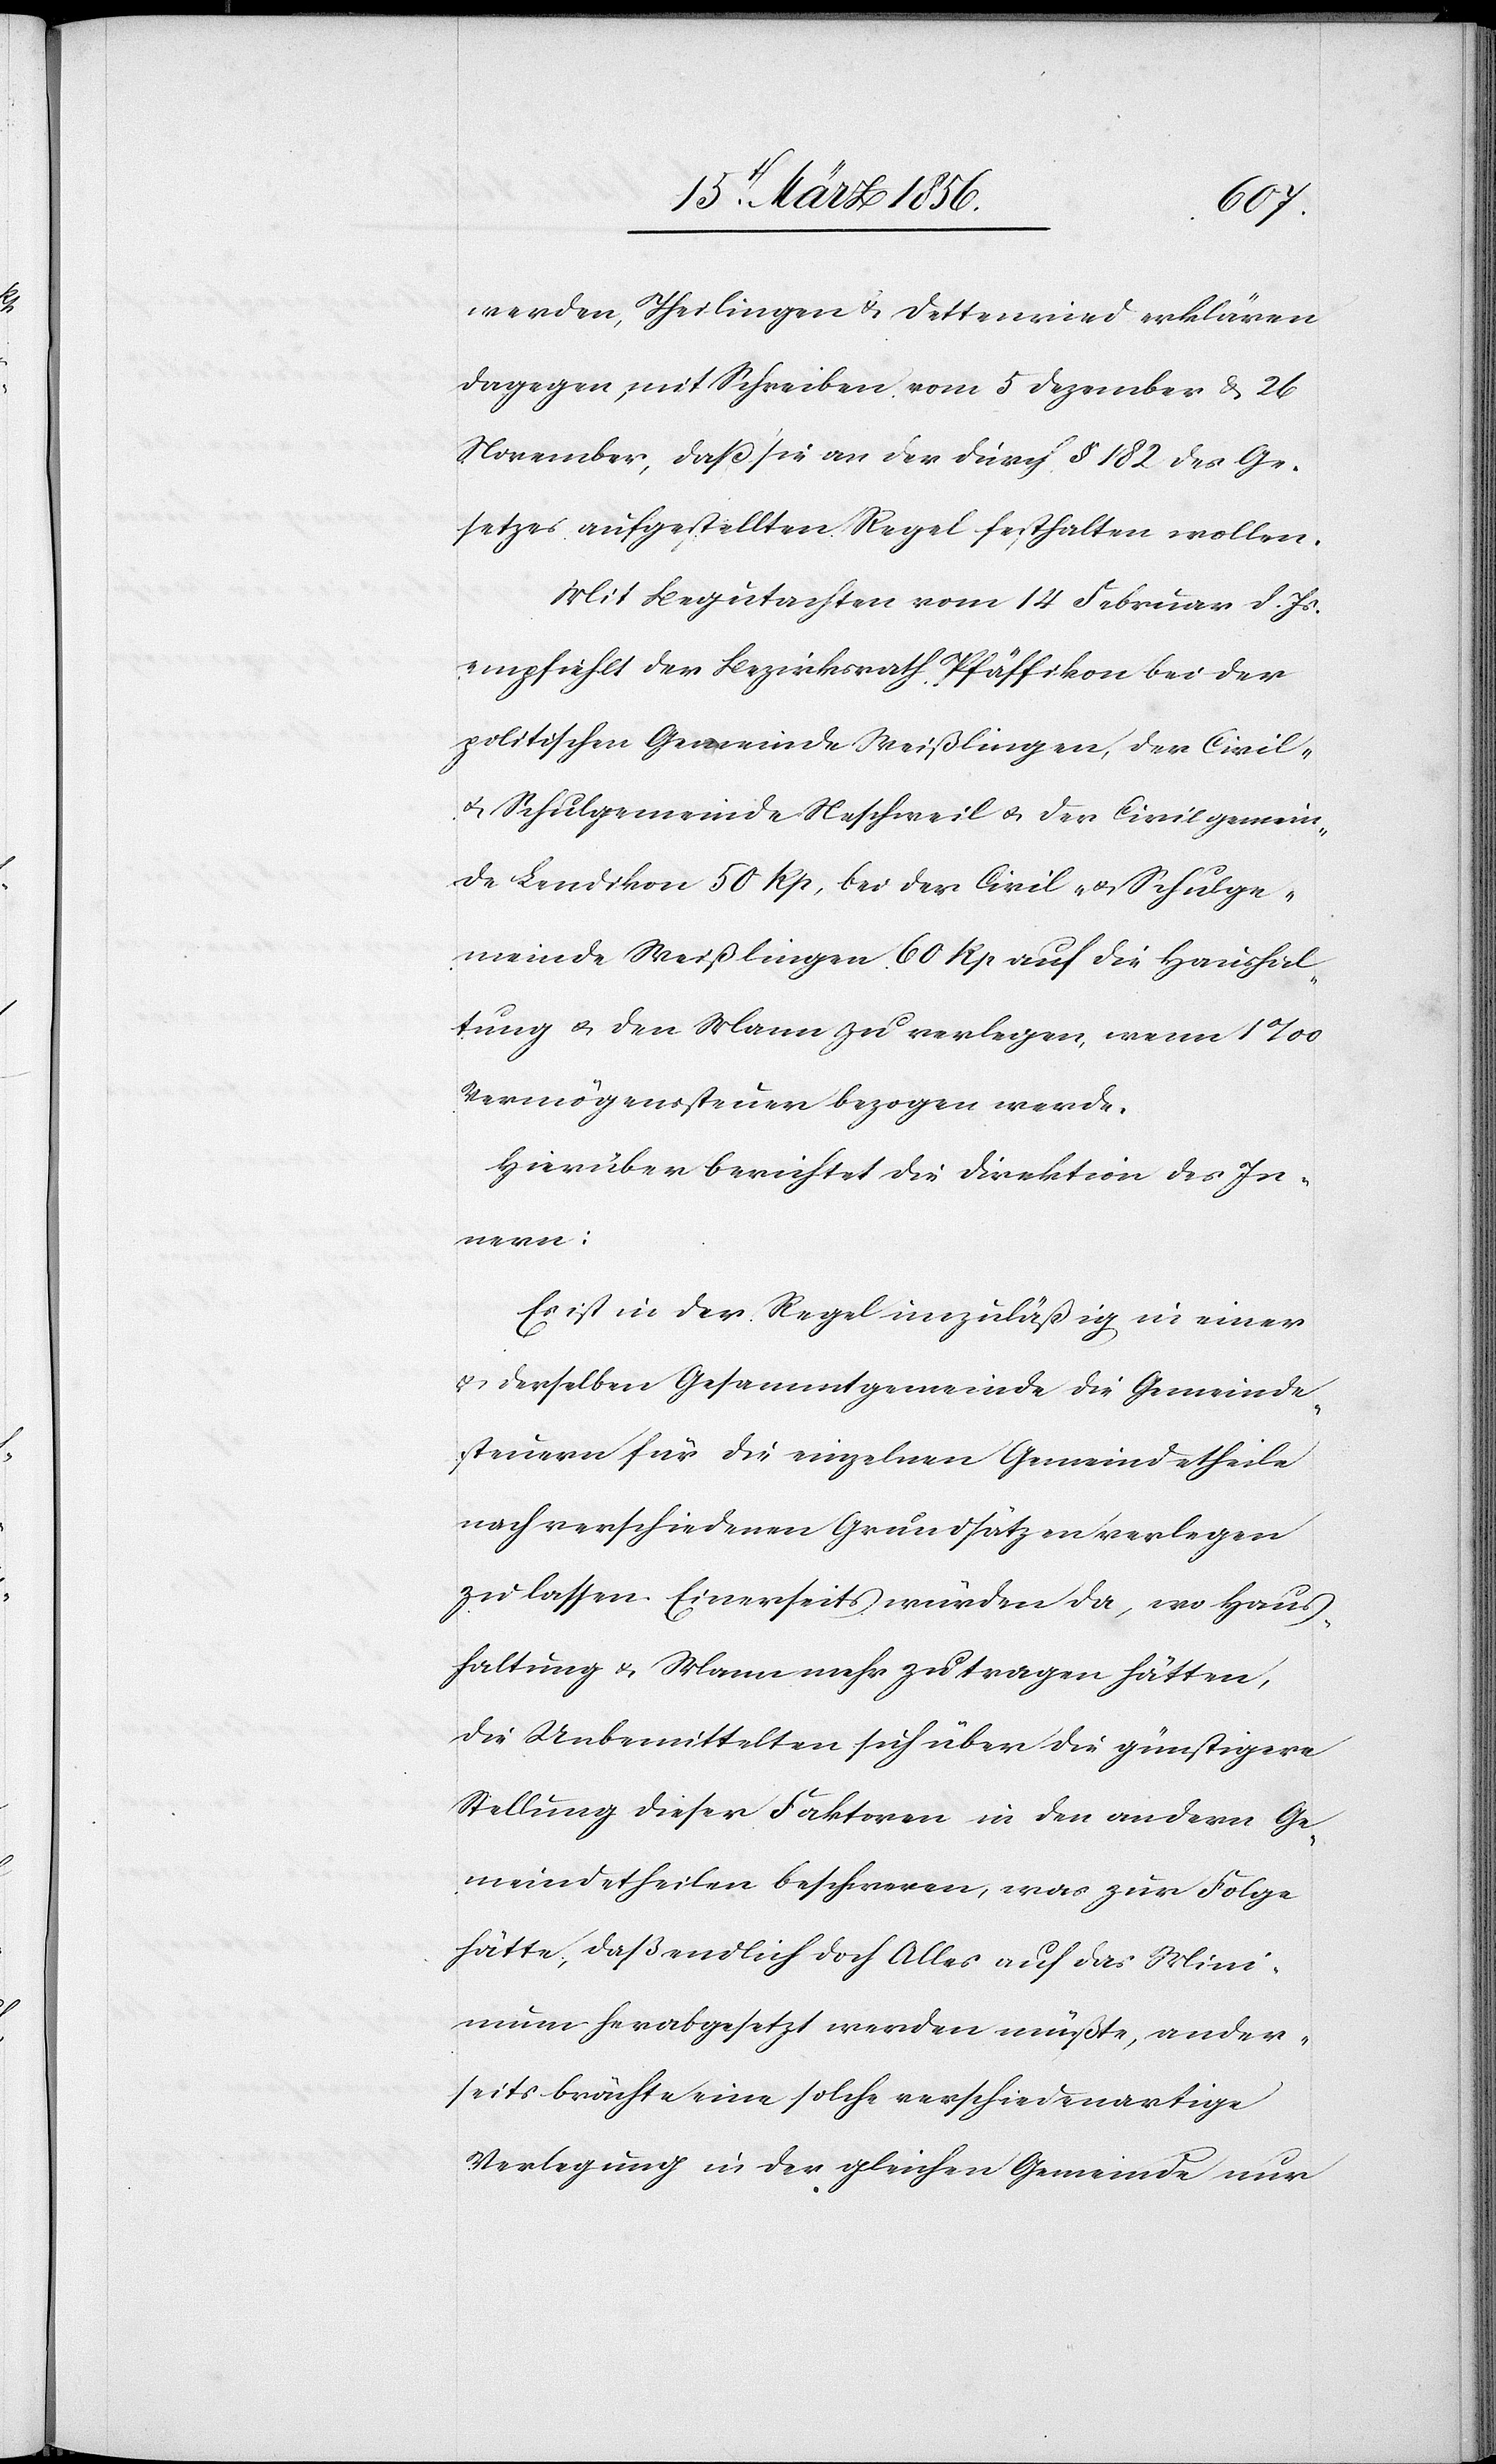
werden, Theilingen & Dettenried erklären
dagegen, mit Schreiben vom 5 Dezember & 26
November, das sie an der durch § 182 des Ge¬
setzes aufgestellten Regel festhalten wollen.
Mit Begutachten vom 14 Februar d. Js.
empfiehlt der Bezirksrath Pfäffikon bei der
politischen Gemeinde Weißlingen, der Civil-
u. Schulgemeinde Neschweil u. der Civilgemein¬
de Lendikon 50 Rp, bei der Civil- u. Schulge¬
meinde Weißlingen 60 Rp auf die Haushal¬
tung & den Mann zu verlegen, wenn 1‰
Vermögenssteuer bezogen werde.
Hierüber berichtet die Direktion des In¬
nern:
Es ist in der Regel unzuläßig in einer
& derselben Gesammtgemeinde die Gemeinde¬
steuern für die einzelnen Gemeindetheile
nach verschiedenen Grundsätzen verlegen
zu lassen. Einerseits würden da, wo Haus¬
haltung & Mann mehr zu tragen hätten,
die Unbemittelten sich über die günstigere
Stellung dieser Faktoren in den andern Ge¬
meindetheilen beschweren, was zur Folge
hätte, daß endlich doch Alles auf das Mini¬
mum herabgesetzt werden müßte, ander¬
seits brächte eine solche verschiedenartige
Verlegung in der gleichen Gemeinde nur